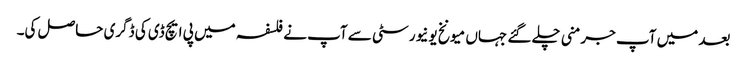
بعد میں آپ جرمنی چلے گئے جہاں میونخ یونیورسٹی سے آپ نے فلسفہ میں پی ایچ ڈی کی ڈگری حاصل کی۔